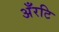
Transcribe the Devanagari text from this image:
अँरटि